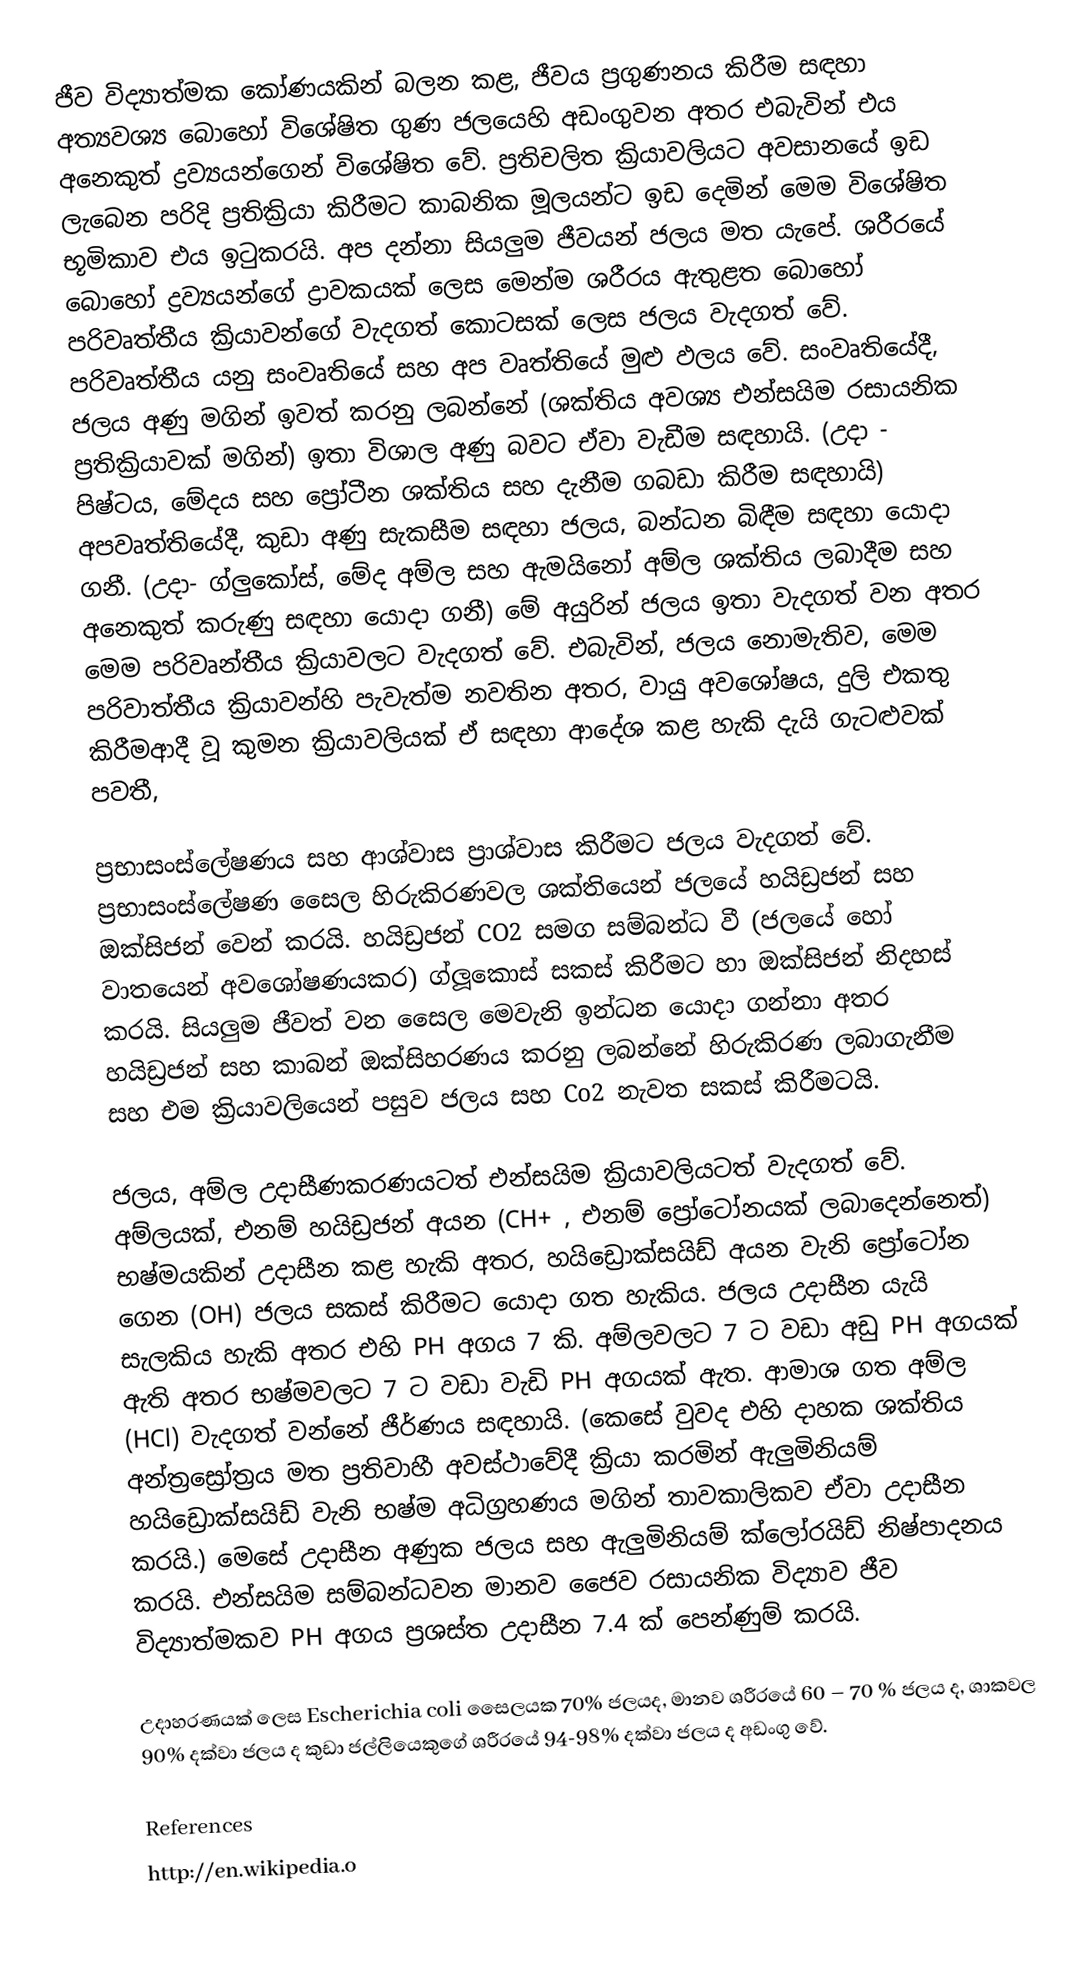
ජීව විද්‍යාත්මක කෝණයකින් බලන කළ, ජීවය ප්‍රගුණනය කිරීම සඳහා අත්‍යවශ්‍ය බොහෝ විශේෂිත ගුණ ජලයෙහි අඩංගුවන අතර එබැවින් එය අනෙකුත් ද්‍රව්‍යයන්ගෙන් විශේෂිත වේ. ප්‍රතිචලිත ක්‍රියාවලියට අවසානයේ ඉඩ ලැබෙන පරිදි ප්‍රතික්‍රියා කිරීමට කාබනික මූලයන්ට ඉඩ දෙමින් මෙම විශේෂිත භූමිකාව එය ඉටුකරයි. අප දන්නා සියලුම ජීවයන් ජලය මත යැපේ. ශරීරයේ බොහෝ ද්‍රව්‍යයන්ගේ ද්‍රාවකයක් ලෙස මෙන්ම ශරීරය ඇතුළත බොහෝ පරිවෘත්තීය ක්‍රියාවන්ගේ වැදගත් කොටසක් ලෙස ජලය වැදගත් වේ. පරිවෘත්තීය යනු සංවෘතියේ සහ අප වෘත්තියේ මුළු ඵලය වේ. සංවෘතියේදී, ජලය අණු මගින් ඉවත් කරනු ලබන්නේ (ශක්තිය අවශ්‍ය එන්සයිම රසායනික ප්‍රතික්‍රියාවක් මගින්) ඉතා විශාල අණු බවට ඒවා වැඩීම සඳහායි. (උදා - පිෂ්ටය, මේදය සහ ප්‍රෝටීන ශක්තිය සහ දැනීම ගබඩා කිරීම සඳහායි) අපවෘත්තියේදී, කුඩා අණු සැකසීම සඳහා ජලය, බන්ධන බිඳීම සඳහා යොදා ගනී. (උදා- ග්ලුකෝස්, මේද අම්ල සහ ඇමයිනෝ අම්ල ශක්තිය ලබාදීම සහ අනෙකුත් කරුණු සඳහා යොදා ගනී) මේ අයුරින් ජලය ඉතා වැදගත් වන අතර මෙම පරිවෘන්තීය ක්‍රියාවලට වැදගත් වේ. එබැවින්, ජලය නොමැතිව, මෙම පරිවාත්තීය ක්‍රියාවන්හි පැවැත්ම නවතින අතර, වායු අවශෝෂය, දුලි එකතු කිරීමආදී වූ කුමන ක්‍රියාවලියක් ඒ සඳහා ආදේශ කළ හැකි දැයි ගැටළුවක් පවතී,

ප්‍රභාසංස්ලේෂණය සහ ආශ්වාස ප්‍රාශ්වාස කිරීමට ජලය වැදගත් වේ. ප්‍රභාසංස්ලේෂණ සෛල හිරුකිරණවල ශක්තියෙන් ජලයේ හයිඩ්‍රජන් සහ ඔක්සිජන් වෙන් කරයි. හයිඩ්‍රජන් CO2 සමග සම්බන්ධ වී (ජලයේ හෝ වාතයෙන් අවශෝෂණයකර) ග්ලූකොස් සකස් කිරීමට හා ඔක්සිජන් නිදහස් කරයි. සියලුම ජීවත් වන සෛල මෙවැනි ඉන්ධන යොදා ගන්නා අතර හයිඩ්‍රජන් සහ කාබන් ඔක්සිහරණය කරනු ලබන්නේ හිරුකිරණ ලබාගැනීම සහ එම ක්‍රියාවලියෙන් පසුව ජලය සහ Co2 නැවත සකස් කිරීමටයි.

ජලය, අම්ල උදාසීණකරණයටත් එන්සයිම ක්‍රියාවලියටත් වැදගත් වේ. අම්ලයක්, එනම් හයිඩ්‍රජන් අයන (CH+ , එනම් ප්‍රෝටෝනයක් ලබාදෙන්නෙත්) භෂ්මයකින් උදාසීන කළ හැකි අතර, හයිඩ්‍රොක්සයිඩ් අයන වැනි ප්‍රෝටෝන ගෙන (OH) ජලය සකස් කිරීමට යොදා ගත හැකිය. ජලය උදාසීන යැයි සැලකිය හැකි අතර එහි PH අගය 7 කි. අම්ලවලට 7 ට වඩා අඩු PH අගයක් ඇති අතර භෂ්මවලට 7 ට වඩා වැඩි PH අගයක් ඇත. ආමාශ ගත අම්ල (HCl) වැදගත් වන්නේ ජීර්ණය සඳහායි. (කෙසේ වුවද එහි දාහක ශක්තිය අන්ත්‍රස්‍රෝත්‍රය මත ප්‍රතිවාහී අවස්ථාවේදී ක්‍රියා කරමින් ඇලුමිනියම් හයිඩ්‍රොක්සයිඩ් වැනි භෂ්ම අධිග්‍රහණය මගින් තාවකාලිකව ඒවා උදාසීන කරයි.) මෙසේ උදාසීන අණුක ජලය සහ ඇලුමිනියම් ක්ලෝරයිඩ් නිෂ්පාදනය කරයි. එන්සයිම සම්බන්ධවන මානව ජෛව රසායනික විද්‍යාව ජීව විද්‍යාත්මකව PH අගය ප්‍රශස්ත උදාසීන 7.4 ක් පෙන්ණුම් කරයි.

උදාහරණයක් ලෙස Escherichia coli සෛලයක 70% ජලයද, මානව ශරීරයේ 60 – 70 % ජලය ද, ශාකවල 90% දක්වා ජලය ද කුඩා ජල්ලියෙකුගේ ශරීරයේ 94-98% දක්වා ජලය ද අඩංගු වේ.

References
http://en.wikipedia.o